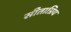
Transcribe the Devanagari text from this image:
सीताप्रिय